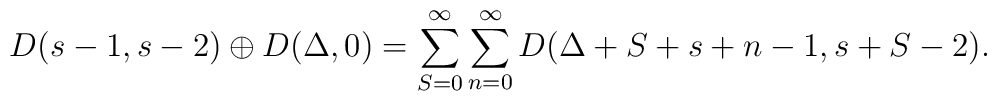
D(s-1,s-2)\oplus D(\Delta,0)=\sum_{S=0}^\infty\sum_{n=0}^\infty D(\Delta+S+s+n-1,s+S-2).